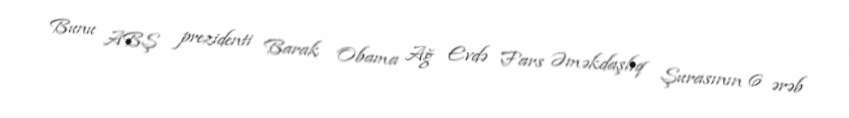
Bunu ABŞ prezidenti Barak Obama Ağ Evdə Fars Əməkdaşlıq Şurasının 6 ərəb